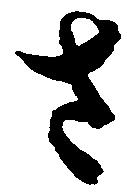
さ